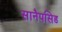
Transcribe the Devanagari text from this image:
सानैपसिड